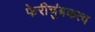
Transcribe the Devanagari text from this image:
फेरीचुंबकत्व